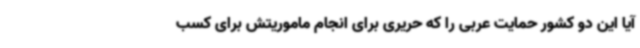
آیا این دو کشور حمایت عربی را که حریری برای انجام ماموریتش برای کسب